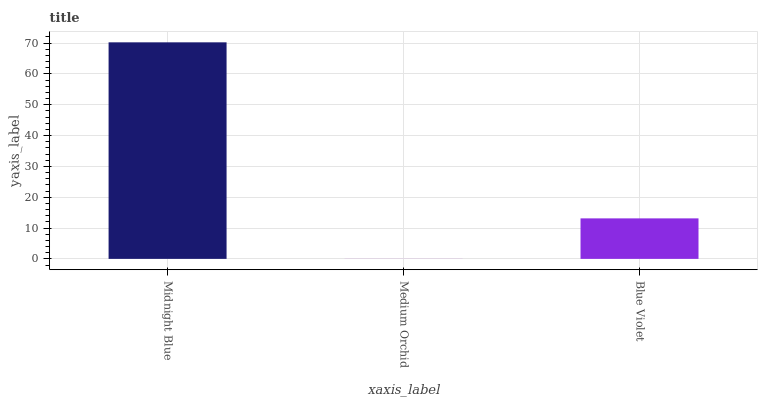
| xaxis_label | bars |
 | --- | --- |
 | Midnight Blue | 70.3 |
 | Medium Orchid | 0.0334 |
 | Blue Violet | 13.1 |